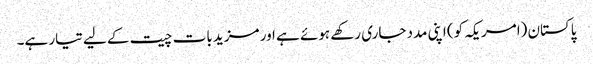
پاکستان (امریکہ کو) اپنی مدد جاری رکھے ہوئے ہے اور مزید بات چیت کے لیے تیار ہے۔